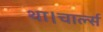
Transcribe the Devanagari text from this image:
था।चार्ल्स